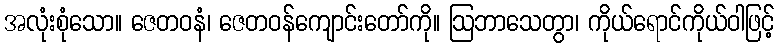
အလုံးစုံသော။ ဇေတဝနံ၊ ဇေတဝန်ကျောင်းတော်ကို။ ဩဘာသေတွာ၊ ကိုယ်ရောင်ကိုယ်ဝါဖြင့်